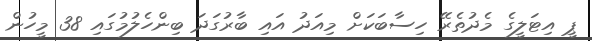
ޕީ އިޓަލީގެ މެދުތެރޭ ހިސާބަކަށް މިއަދު އައި ބާރުގަދަ ބިންހެލުމުގައި 38 މީހުން